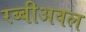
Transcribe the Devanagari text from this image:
रब्बीअवल